Annual report of the Prince of Wales Medical College, Patna
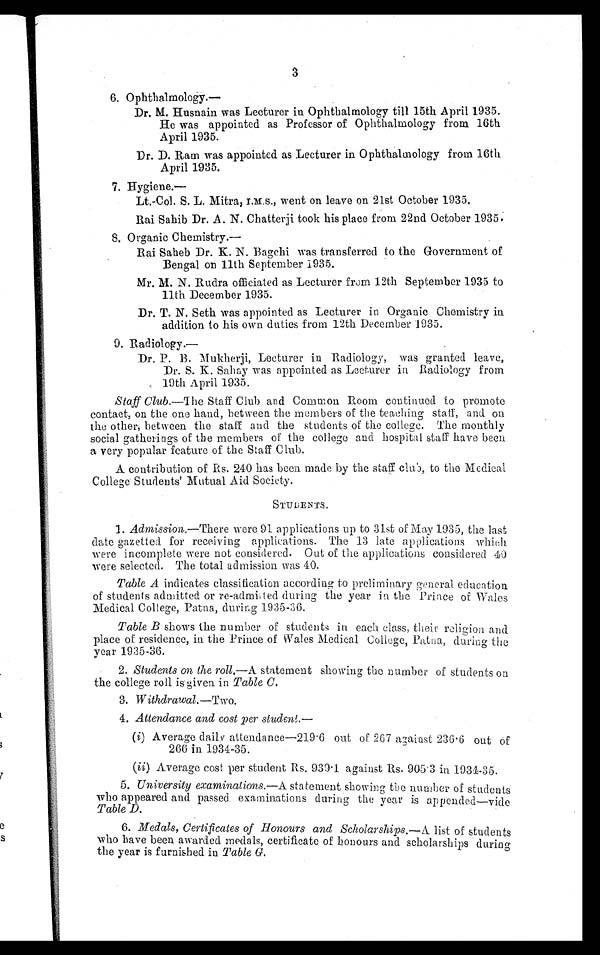
3
6. Ophthalmology.—
Dr. M. Husnain was Lecturer in Ophthalmology till 15th April 1935.
He was appointed as Professor of Ophthalmology from 16th
April 1935.
Dr. D. Ram was appointed as Lecturer in Ophthalmology from 16th
April 1935.
7. Hygiene.—
Lt.-Col. S. L. Mitra, I.M.S., went on leave on 21st October 1935.
Rai Sahib Dr. A. N. Chatterji took his place from 22nd October 1935.
8. Organic Chemistry.—
Rai Saheb Dr. K. N. Bagehi was transferred to the Government of
Bengal on 11th September 1935.
Mr. M. N. Rudra officiated as Lecturer from 12th September 1935 to
11th December 1935.
Dr. T. N. Seth was appointed as Lecturer in Organic Chemistry in
addition to his own duties from 12th December 1935.
9. Radiology.—
Dr. P. B. Mukherji, Lecturer in Radiology, was granted leave,
Dr. S. K. Sahay was appointed as Lecturer in Radiology from
19th April 1935.
Staff Club. —The Staff Club and Common Room continued to promote
contact, on the one hand, between the members of the teaching staff, and on
the other, between the staff and the students of the college. The monthly
social gatherings of the members of the college and hospital staff have been
a very popular feature of the Staff Club.
A contribution of Rs. 240 has been made by the staff club, to the Medical
College Students' Mutual Aid Society.
STUDENTS.
1. Admission.—There were 91 applications up to 31st of May 1935, the last
date gazetted for receiving applications. The 13 late applications which
were incomplete were not considered. Out of the applications considered 40
were selected. The total admission was 40.
Table A indicates classification according to preliminary general education
of students admitted or re-admitted during the year in the Prince of Wales
Medical College, Patna, during 1935-36.
Table B shows the number of students in each class, their religion and
place of residence, in the Prince of Wales Medical Colleg
e, Patna, during the
year 1935-36.
2. Students on the roll. —A statement showing the number of students on
the college roll is given in Table C.
3. Withdrawal. —Two.
4. Attendance and cost per student. —
(i) Average daily attendance—219.6 out of 267 against 236.6 out of
266 in 1934-35.
(ii) Average cost per student Rs. 939.1 against Rs. 905.3 in 1934-35.
5. University examinations. —A statement showing the number of students
who appeared and passed examinations during the year is append
—vide Table D.
6. Medals, Certificates of Honours and Scholarships. —A list of students
who have been awarded medals, certificate of honours and scholarships during
the year is furnished in Table G.